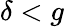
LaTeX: \delta<g